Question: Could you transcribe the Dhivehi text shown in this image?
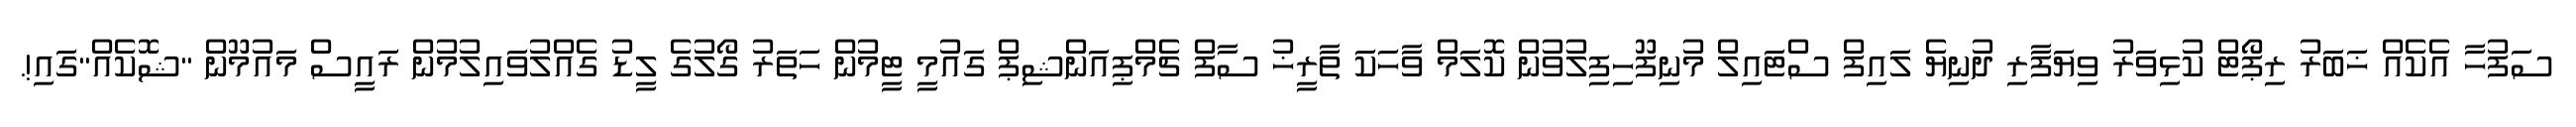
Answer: ސަފުހާ އެކެއް ޚަބަރު ރިޕޯޓް ކުޅިވަރު ވިޔަފާރި ދުނިޔެ ލައިފް ސްޓައިލް މުނިފޫހިފިލުވުން ކޮލަމް ވާހަކަ ތާރީޚު ސާފް ޗެމްޕިއަންޝިޕް ގައުމީ ޓީމުން ހަތަރު ގޯލުގެ ލީޑު ގެއްލުވައިލުމުން ރައީސް މައުމޫން "ޝޮކެއް"ގައި!.